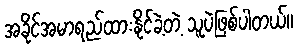
အခိုင်အမာရည်ထားနိုင်ခဲ့တဲ့ သူပဲဖြစ်ပါတယ်။